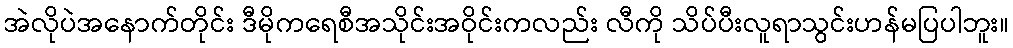
အဲလိုပဲအနောက်တိုင်း ဒီမိုကရေစီအသိုင်းအဝိုင်းကလည်း လီကို သိပ်ပီးလူရာသွင်းဟန်မပြပါဘူး။